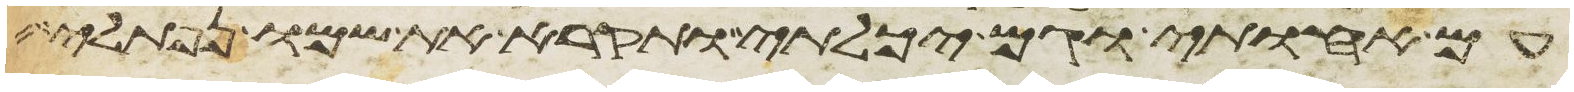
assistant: עם אחותי וגם יכלתי ותקרא את שמו נפתלי